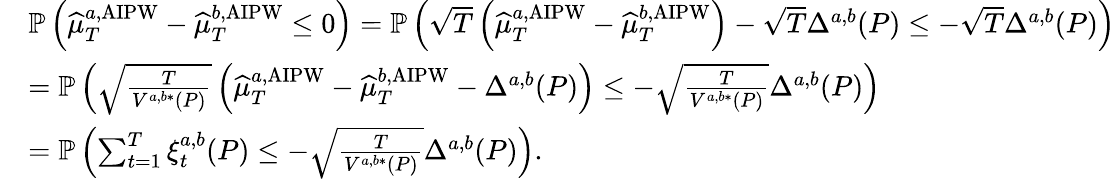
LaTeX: \begin{array}{rl}&{\mathbb{P}\left(\widehat{\mu}_{T}^{a,\mathrm{AIPW}}-\widehat{\mu}_{T}^{b,\mathrm{AIPW}}\leq 0\right)=\mathbb{P}\left(\sqrt{T}\left(\widehat{\mu}_{T}^{a,\mathrm{AIPW}}-\widehat{\mu}_{T}^{b,\mathrm{AIPW}}\right)-\sqrt{T}\Delta^{a,b}(P)\leq-\sqrt{T}\Delta^{a,b}(P)\right)}\\ &{=\mathbb{P}\left(\sqrt{\frac{T}{V^{a,b*}(P)}}\left(\widehat{\mu}_{T}^{a,\mathrm{AIPW}}-\widehat{\mu}_{T}^{b,\mathrm{AIPW}}-\Delta^{a,b}(P)\right)\leq-\sqrt{\frac{T}{V^{a,b*}(P)}}\Delta^{a,b}(P)\right)}\\ &{=\mathbb{P}\left(\sum_{t=1}^{T}\xi_{t}^{a,b}(P)\leq-\sqrt{\frac{T}{V^{a,b*}(P)}}\Delta^{a,b}(P)\right).}\end{array}